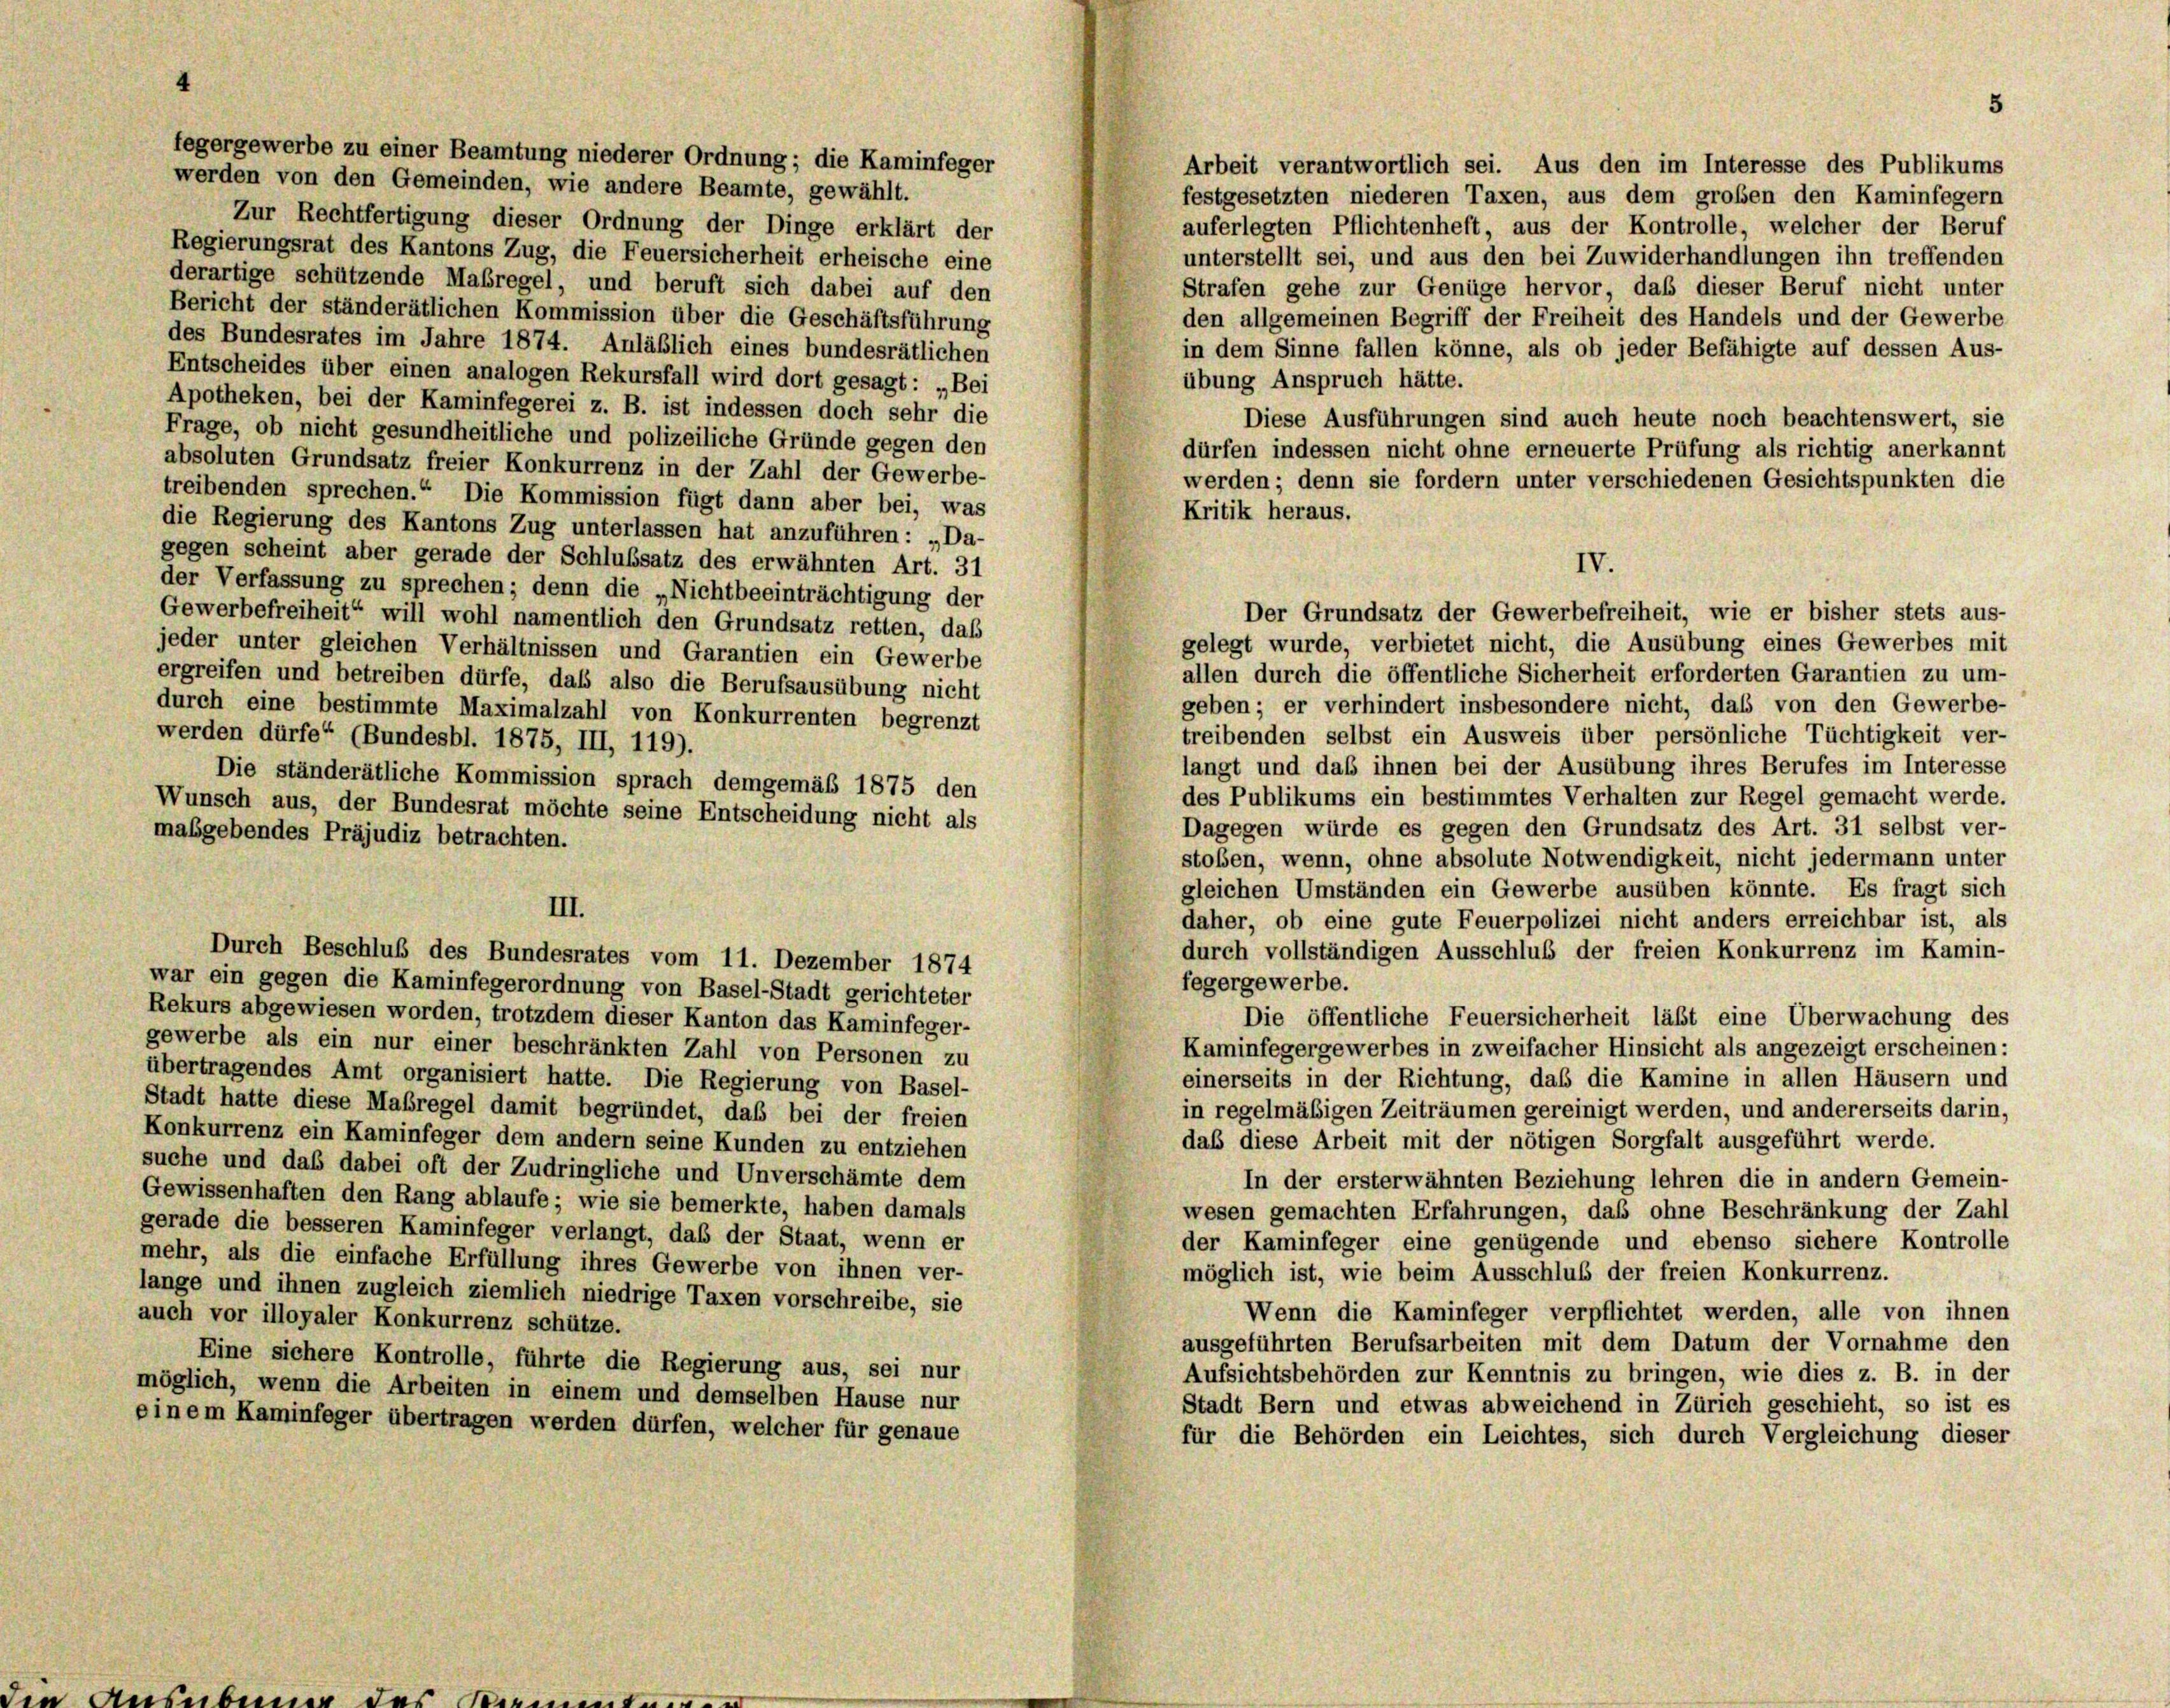
fegergewerbe zu einer Beamtung niederer Ordnung; die Kaminfeger
Arbeit verantwortlich sei. Aus den im Interesse des Publikums
werden von den Gemeinden, wie andere Beamte, gewählt.
festgesetzten niederen Taxen, aus dem großen den Kaminfegern
Zur Rechtfertigung dieser Ordnung der Dinge erklärt der
auferlegten Pflichtenheft, aus der Kontrolle, welcher der Beruf
Regierungsrat des Kantons Zug, die Feuersicherheit erheische eine
unterstellt sei, und aus den bei Zuwiderhandlungen ihn treffenden
derartige schützende Maßregel, und beruft sich dabei auf den
Strafen gehe zur Genüge hervor, daß dieser Beruf nicht unter
Bericht der ständerätlichen Kommission über die Geschäftsführung
den allgemeinen Begriff der Freiheit des Handels und der Gewerbe
des Bundesrates im Jahre 1874. Anläßlich eines bundesrätlichen
in dem Sinne fallen könne, als ob jeder Befähigte auf dessen Aus-
Entscheides über einen analogen Rekursfall wird dort gesagt: „Bei
übung Anspruch hätte.
Apotheken, bei der Kaminfegerei z. B. ist indessen doch sehr die
Diese Ausführungen sind auch heute noch beachtenswert, sie
Frage, ob nicht gesundheitliche und polizeiliche Gründe gegen den
dürfen indessen nicht ohne erneuerte Prüfung als richtig anerkannt
absoluten Grundsatz freier Konkurrenz in der Zahl der Gewerbe-
werden; denn sie fordern unter verschiedenen Gesichtspunkten die
treibenden sprechen.“ Die Kommission fügt dann aber bei, was
Kritik heraus.
die Regierung des Kantons Zug unterlassen hat anzuführen: „Da-
gegen scheint aber gerade der Schlußsatz des erwähnten Art. 31
der Verfassung zu sprechen; denn die „Nichtbeeinträchtigung der
Gewerbefreiheit“ will wohl namentlich den Grundsatz retten, daß
gelegt wurde, verbietet nicht, die Ausübung eines Gewerbes mit
jeder unter gleichen Verhältnissen und Garantien ein Gewerbe
allen durch die öffentliche Sicherheit erforderten Garantien zu um-
ergreifen und betreiben dürfe, das also die Berufsausübung nicht
geben; er verhindert insbesondere nicht, daß von den Gewerbe-
durch eine bestimmte Maximalzahl von Konkurrenten begrenzt
treibenden selbst ein Ausweis über persönliche Tüchtigkeit ver-
werden dürfe“ (Bundesbl. 1875, III, 119).
langt und daß ihnen bei der Ausübung ihres Berufes im Interesse
Die ständerätliche Kommission sprach demgemäß 1875 den
des Publikums ein bestimmtes Verhalten zur Regel gemacht werde.
Wunsch aus, der Bundesrat möchte seine Entscheidung nicht als
Dagegen würde es gegen den Grundsatz des Art. 31 selbst ver-
maßgebendes Präjudiz betrachten.
stoßen, wenn, ohne absolute Notwendigkeit, nicht jedermann unter
gleichen Umständen ein Gewerbe ausüben könnte. Es fragt sich
III.
daher, ob eine gute Feuerpolizei nicht anders erreichbar ist, als
durch vollständigen Ausschluß der freien Konkurrenz im Kamin-
Durch Beschluß des Bundesrates vom 11. Dezember 1874
fegergewerbe.
war ein gegen die Kaminfegerordnung von Basel-Stadt gerichteter
Rekurs abgewiesen worden, trotzdem dieser Kanton das Kaminfeger-
Die öffentliche Feuersicherheit läßt eine Überwachung des
gewerbe als ein nur einer beschränkten Zahl von Personen zu
Kaminfegergewerbes in zweifacher Hinsicht als angezeigt erscheinen:
übertragendes Amt organisiert hatte. Die Regierung von Basel-
einerseits in der Richtung, daß die Kamine in allen Häusern und
Stadt hatte diese Maßregel damit begründet, daß bei der freien
in regelmäßigen Zeiträumen gereinigt werden, und andererseits darin,
Konkurrenz ein Kaminfeger dem andern seine Kunden zu entziehen
daß diese Arbeit mit der nötigen Sorgfalt ausgeführt werde.
suche und das dabei oft der Zudringliche und Unverschämte dem
In der ersterwähnten Beziehung lehren die in andern Gemein-
Gewissenhaften den Rang ablaufe; wie sie bemerkte, haben damals
wesen gemachten Erfahrungen, daß ohne Beschränkung der Zahl
gerade die besseren Kaminfeger verlangt, daß der Staat, wenn er
der Kaminfeger eine genügende und ebenso sichere Kontrolle
mehr, als die einfache Erfüllung ihres Gewerbe von ihnen ver-
möglich ist, wie beim Ausschluß der freien Konkurrenz.
lange und ihnen zugleich ziemlich niedrige Taxen vorschreibe, sie
Wenn die Kaminfeger verpflichtet werden, alle von ihnen
auch vor illoyaler Konkurrenz schütze.
ausgeführten Berufsarbeiten mit dem Datum der Vornahme den
Eine sichere Kontrolle, führte die Regierung aus, sei nur
Aufsichtsbehörden zur Kenntnis zu bringen, wie dies z. B. in der
möglich, wenn die Arbeiten in einem und demselben Hause nur
Stadt Bern und etwas abweichend in Zürich geschieht, so ist es
einem Kaminfeger übertragen werden dürfen, welcher für genaue
für die Behörden ein Leichtes, sich durch Vergleichung dieser

IV.
Der Grundsatz der Gewerbefreiheit, wie er bisher stets aus-